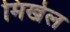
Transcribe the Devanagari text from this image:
मिखेल